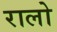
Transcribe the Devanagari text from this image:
रालो